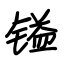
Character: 镒